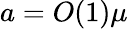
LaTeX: a=O(1)\mu